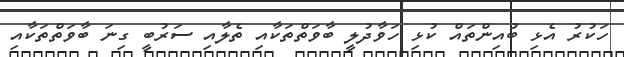
ހަކުރު އެޅި ބުއިންތައް ކުޅި ހަވާދުލީ ބާވަތްތަކާއި ތެލާއި ސަރުބީ ގިނަ ބާވަތްތަކާއި